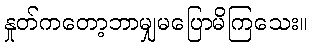
နှုတ်ကတော့ဘာမျှမပြောမိကြသေး။